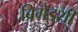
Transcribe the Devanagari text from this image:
ब्रिगेडशी